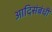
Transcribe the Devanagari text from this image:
आदिसंबंधी